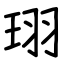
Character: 珝